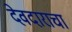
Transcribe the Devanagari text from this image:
देवदाराचा